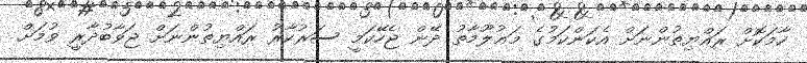
ހާމަކޮށް ރައްޔިތުންނަށް އެކަންކަމުގެ މަޢުލޫމާތު ދޭން ޖެހޭކަމީ ސަރުކާރު ރައްޔިތުންނަށް ޖަވާބުދާރީ ވުމަށް